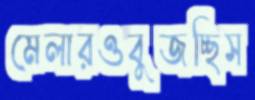
মেলারওবুজচ্ছিস